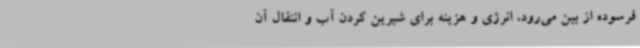
فرسوده از بین می‌رود، انرژی و هزینه برای شیرین کردن آب و انتقال آن